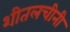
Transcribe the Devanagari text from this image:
शीतलचीनी